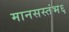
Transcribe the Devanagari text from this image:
मानसस्तंभ६